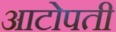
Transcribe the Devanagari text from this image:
आटोपती